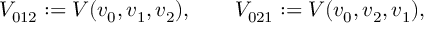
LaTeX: V _ { 0 1 2 } : = V ( v _ { 0 } , v _ { 1 } , v _ { 2 } ) , \qquad V _ { 0 2 1 } : = V ( v _ { 0 } , v _ { 2 } , v _ { 1 } ) ,